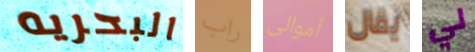
البحريه راب أموالى يقال لي